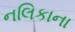
નલિકાના